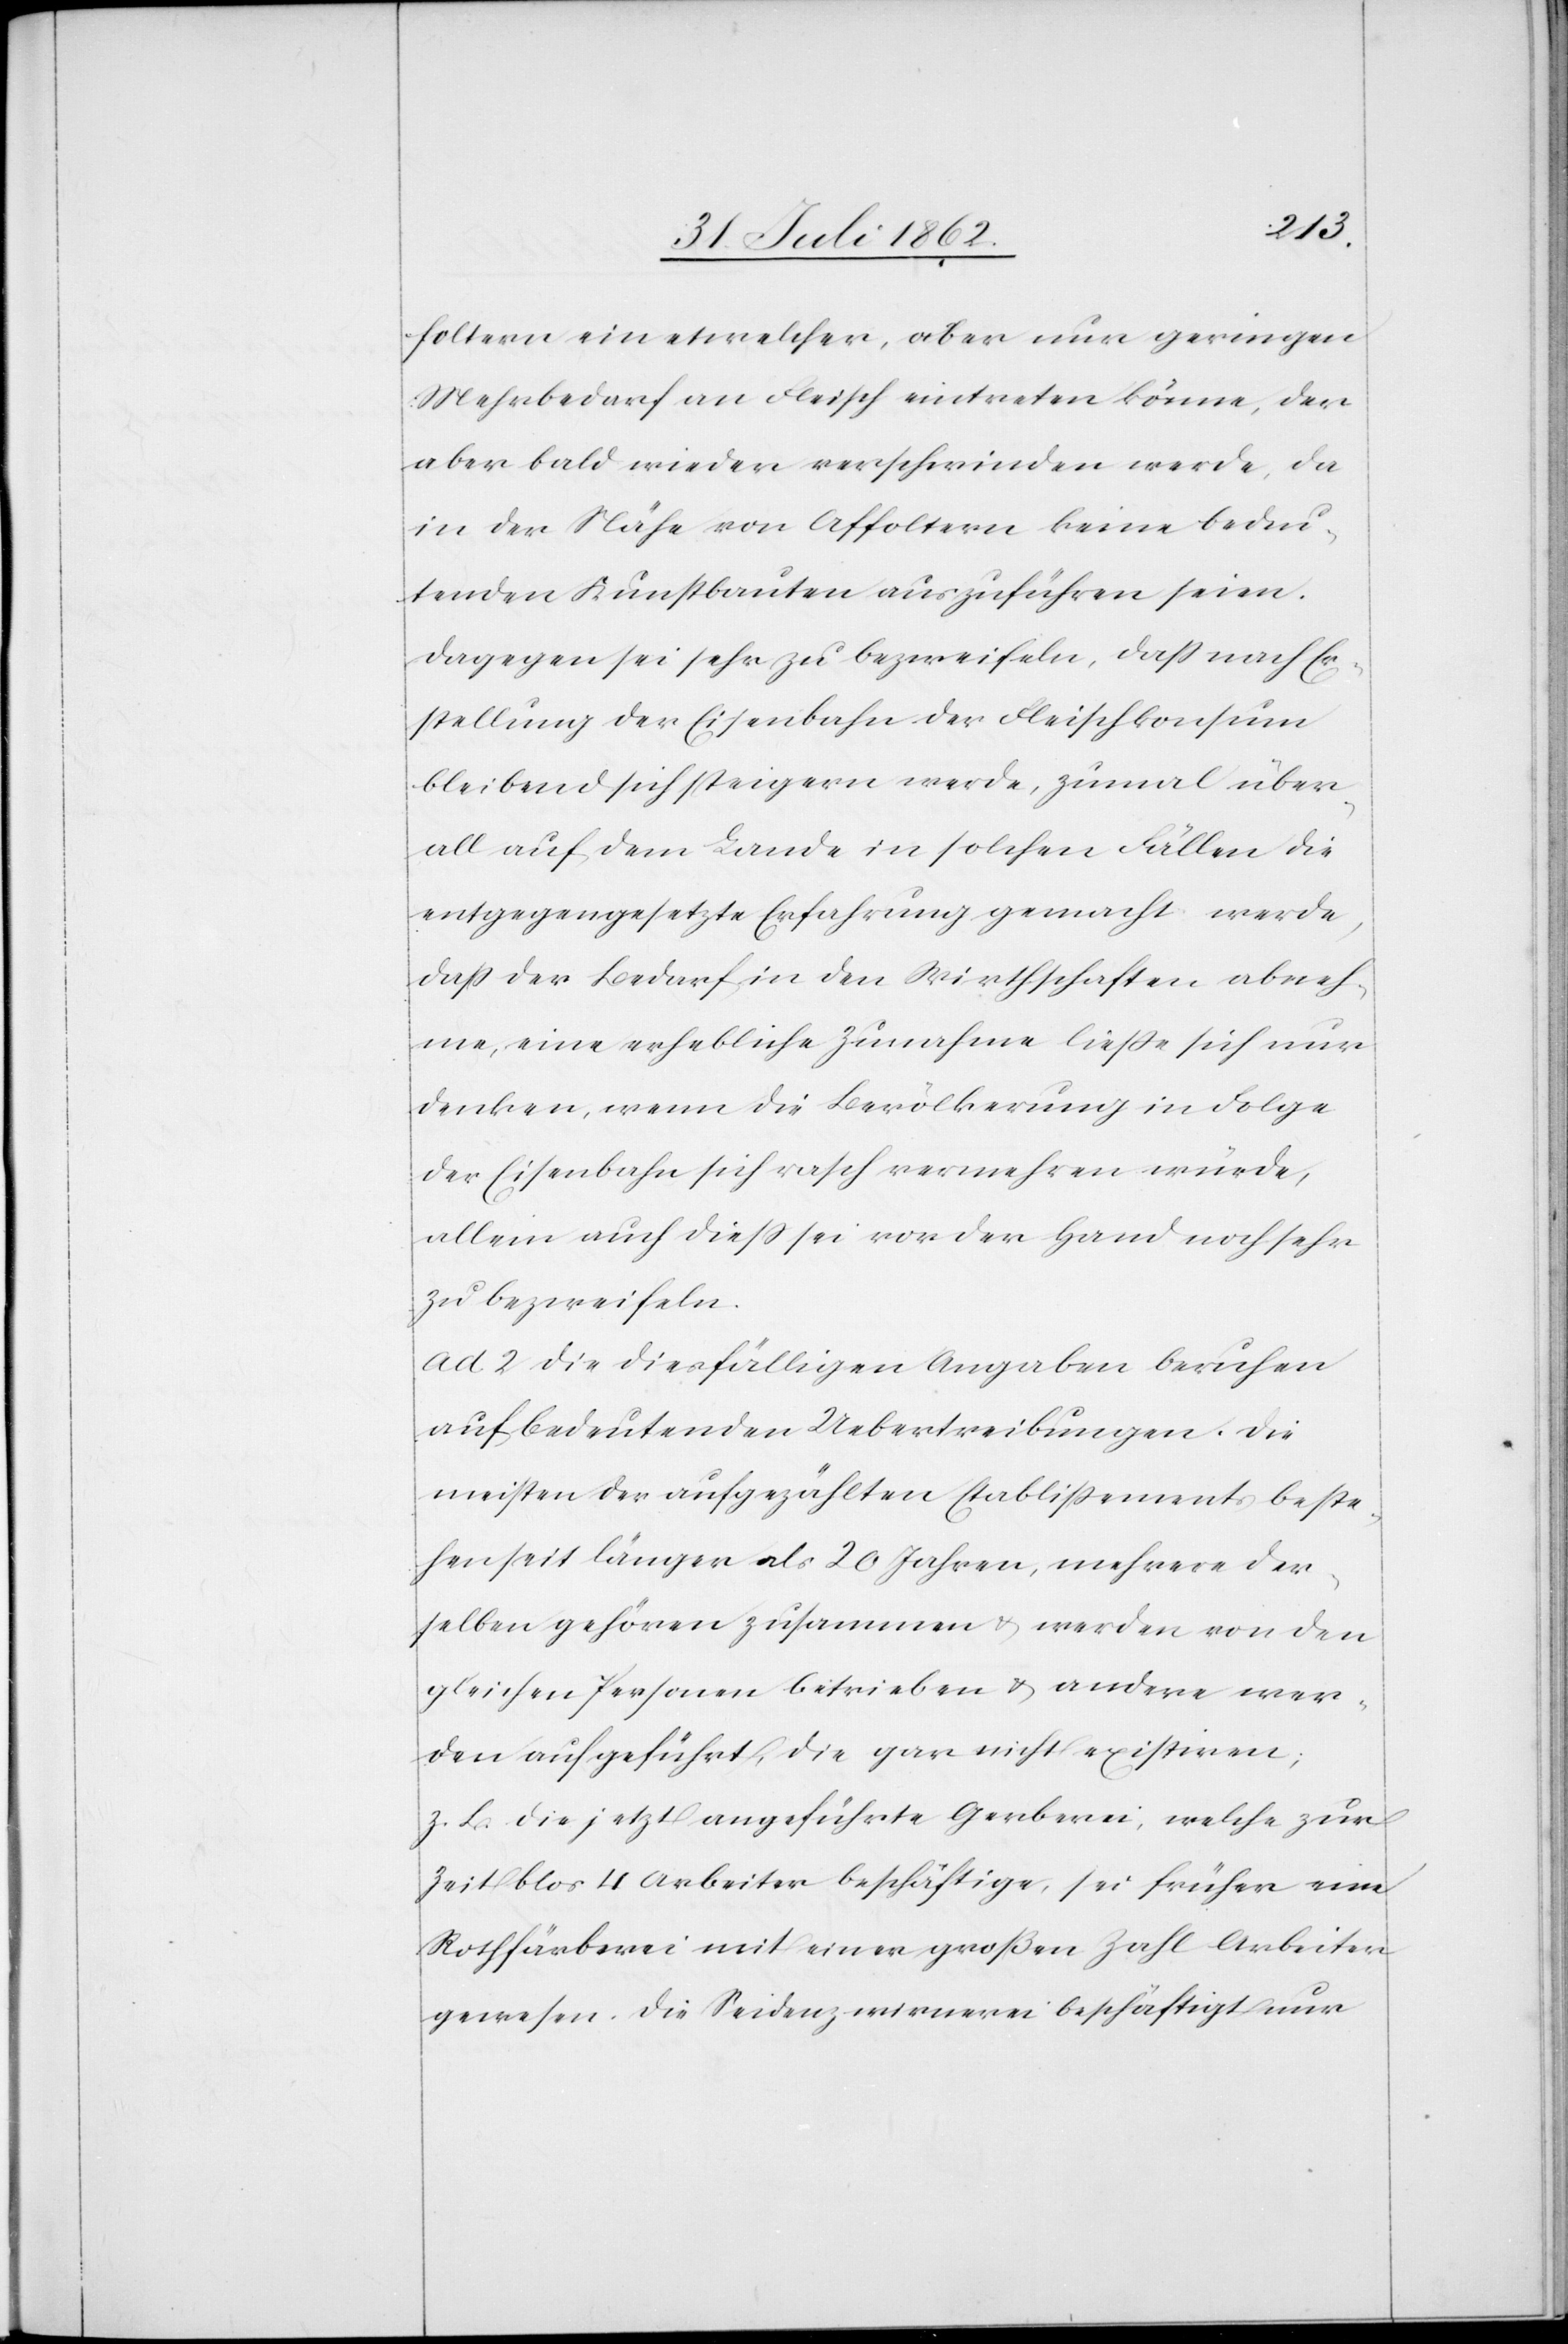
foltern ein etwelcher, aber nur geringen
Mehrbedarf an Fleisch eintreten könne, der
aber bald wieder verschwinden werde, da
in der Nähe von Affoltern keine bedeu¬
tenden Kunstbauten auszuführen seien.
Dagegen sei sehr zu bezweifeln, daß nach Er¬
stellung der Eisenbahn der Fleischkonsum
bleibend sich steigern werde, zumal über¬
all auf dem Lande in solchen Fällen die
entgegengesetzte Erfahrung gemacht werde,
daß der Bedarf in den Wirthschaften abneh¬
me, eine erhebliche Zunahme ließe sich nur
denken, wenn die Bevölkerung in Folge
der Eisenbahn sich rasch vermehren würde,
allein auch dieß sei vor der Hand noch sehr
zu bezweifeln.
ad. 2. Die diesfälligen Angaben beruhen
auf bedeutenden Uebertreibungen. Die
meisten der aufgezählten Etablißements beste¬
hen seit länger als 20 Jahren, mehrere der¬
selben gehören zusammen u. werden von den
gleichen Personen betrieben u. andere wer¬
den aufgeführt, die gar nicht existiren;
z. B. die jetzt angeführte Gerberei, welche zur
Zeit blos 4 Arbeiter beschäftige, sei früher eine
Rothfärberei mit einer großen Zahl Arbeiter
gewesen. Die Seidenzwirnerei beschäftigt nur